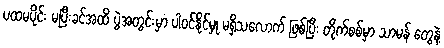
ပထမပိုင်း မပြီးခင်အထိ ပွဲအတွင်းမှာ ပါဝင်နိုင်မှု မရှိသလောက် ဖြစ်ပြီး တိုက်စစ်မှာ သာမန် တွေနဲ့